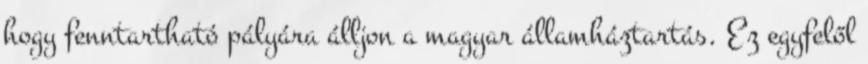
hogy fenntartható pályára álljon a magyar államháztartás. Ez egyfelől